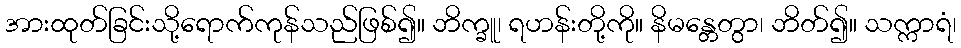
အားထုတ်ခြင်းသို့ရောက်ကုန်သည်ဖြစ်၍။ ဘိက္ခူ၊ ရဟန်းတို့ကို။ နိမန္တေတွာ၊ ဘိတ်၍။ သက္ကာရံ၊